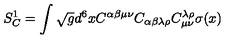
S _ { C } ^ { 1 } = \int \sqrt { g } d ^ { 6 } x C ^ { \alpha \beta \mu \nu } C _ { \alpha \beta \lambda \rho } C _ { \mu \nu } ^ { \lambda \rho } \sigma ( x )